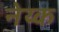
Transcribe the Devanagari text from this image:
नेय्क